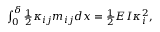
\begin{array} { r } { \int _ { 0 } ^ { \delta } \frac 1 2 \kappa _ { i j } m _ { i j } d x = \frac 1 2 E I \kappa _ { i } ^ { 2 } , } \end{array}